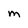
Character: m